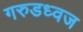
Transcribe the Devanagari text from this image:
गरुडध्वज